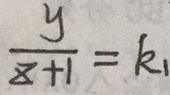
\frac { y } { z + 1 } = k _ { 1 }